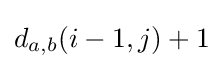
d_{a,b}(i-1,j)+1